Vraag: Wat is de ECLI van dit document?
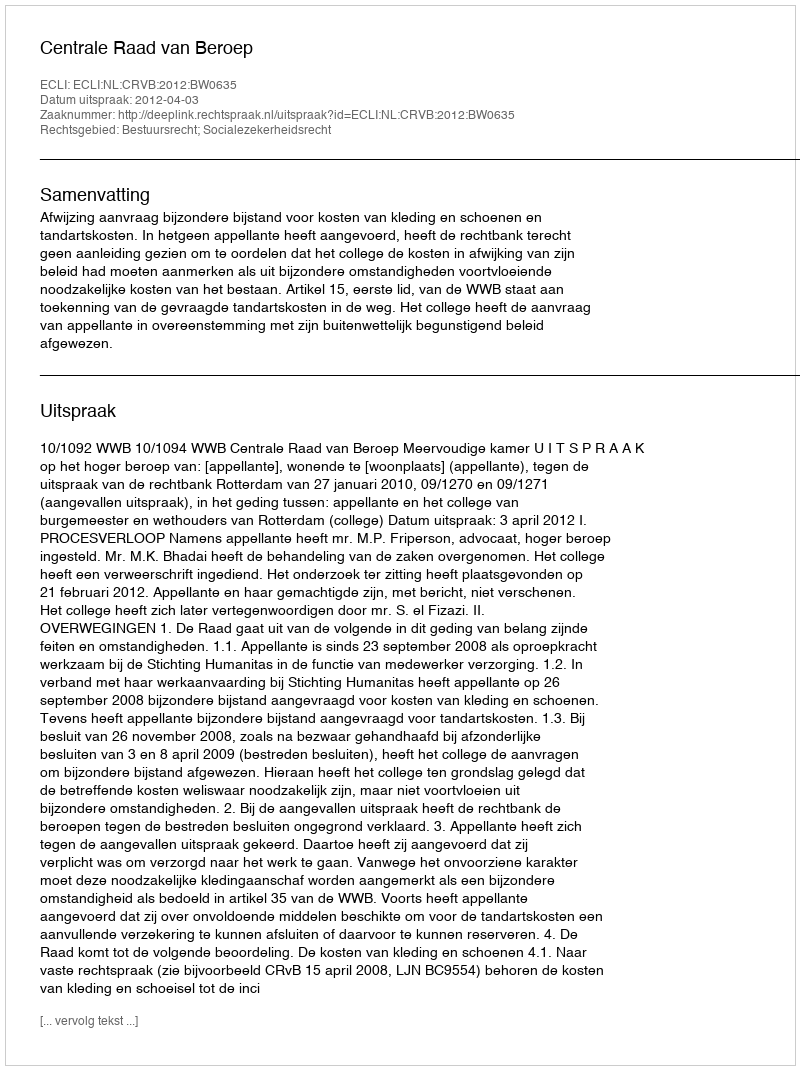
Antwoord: ECLI:NL:CRVB:2012:BW0635